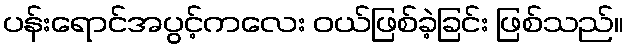
ပန်းရောင်အပွင့်ကလေး ဝယ်ဖြစ်ခဲ့ခြင်း ဖြစ်သည်။